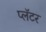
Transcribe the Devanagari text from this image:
प्लॅटर